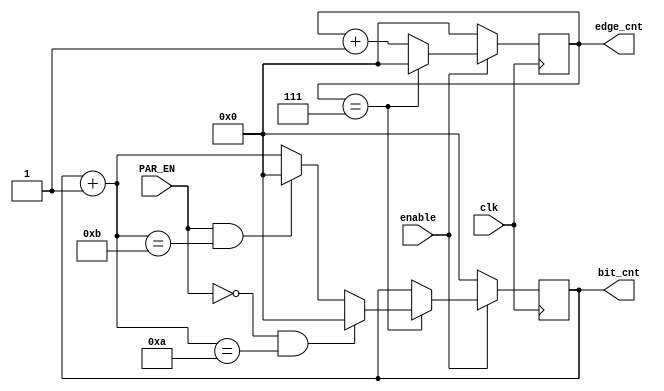
module edge_bit_counter(
  input           enable,
  input           clk,
  input           PAR_EN,
  output  [4:0]   bit_cnt,
  output  [4:0]   edge_cnt
  );
  
reg [4:0] bit_cnt_wire,edge_cnt_wire;

always @(posedge clk)
 begin
  if(enable)
    begin
    if(edge_cnt_wire == 7)
     begin
      edge_cnt_wire = 1'b0;
      bit_cnt_wire = bit_cnt_wire + 1'b1;
      
      // condition for consecutive frames
      if( !PAR_EN && bit_cnt_wire == 10)
          bit_cnt_wire = 0;
      else if ( PAR_EN && bit_cnt_wire == 11)
        bit_cnt_wire = 0;
      
     end
     else 
      edge_cnt_wire = edge_cnt_wire + 1'b1;
    
    end
  else 
    begin
     edge_cnt_wire = 0;
     bit_cnt_wire = 0; 
    end
 end
 
assign bit_cnt = bit_cnt_wire;
assign edge_cnt = edge_cnt_wire;

endmodule